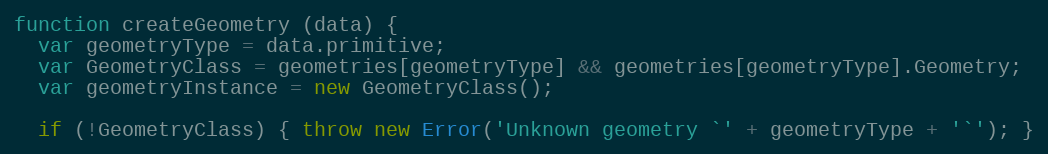
Language: JavaScript
function createGeometry (data) {
  var geometryType = data.primitive;
  var GeometryClass = geometries[geometryType] && geometries[geometryType].Geometry;
  var geometryInstance = new GeometryClass();

  if (!GeometryClass) { throw new Error('Unknown geometry `' + geometryType + '`'); }